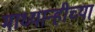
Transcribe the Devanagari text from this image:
माध्यान्हीच्या